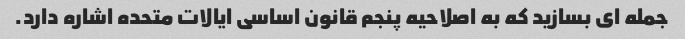
جمله ای بسازید که به اصلاحیه پنجم قانون اساسی ایالات متحده اشاره دارد.